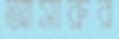
আসারুর